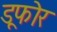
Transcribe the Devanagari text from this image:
डूफोर